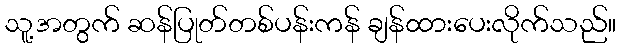
သူ့အတွက် ဆန်ပြုတ်တစ်ပန်းကန် ချန်ထားပေးလိုက်သည်။